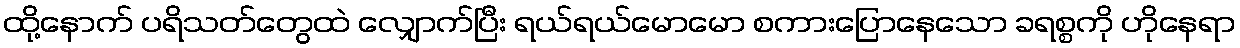
ထို့နောက် ပရိသတ်တွေထဲ လျှောက်ပြီး ရယ်ရယ်မောမော စကားပြောနေသော ခရစ္စကို ဟိုနေရာ